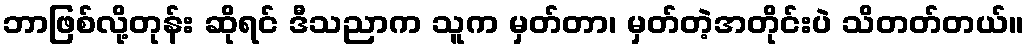
ဘာဖြစ်လို့တုန်း ဆိုရင် ဒီသညာက သူက မှတ်တာ၊ မှတ်တဲ့အတိုင်းပဲ သိတတ်တယ်။